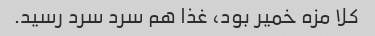
کلا مزه خمیر بود، غذا هم سرد سرد رسید.